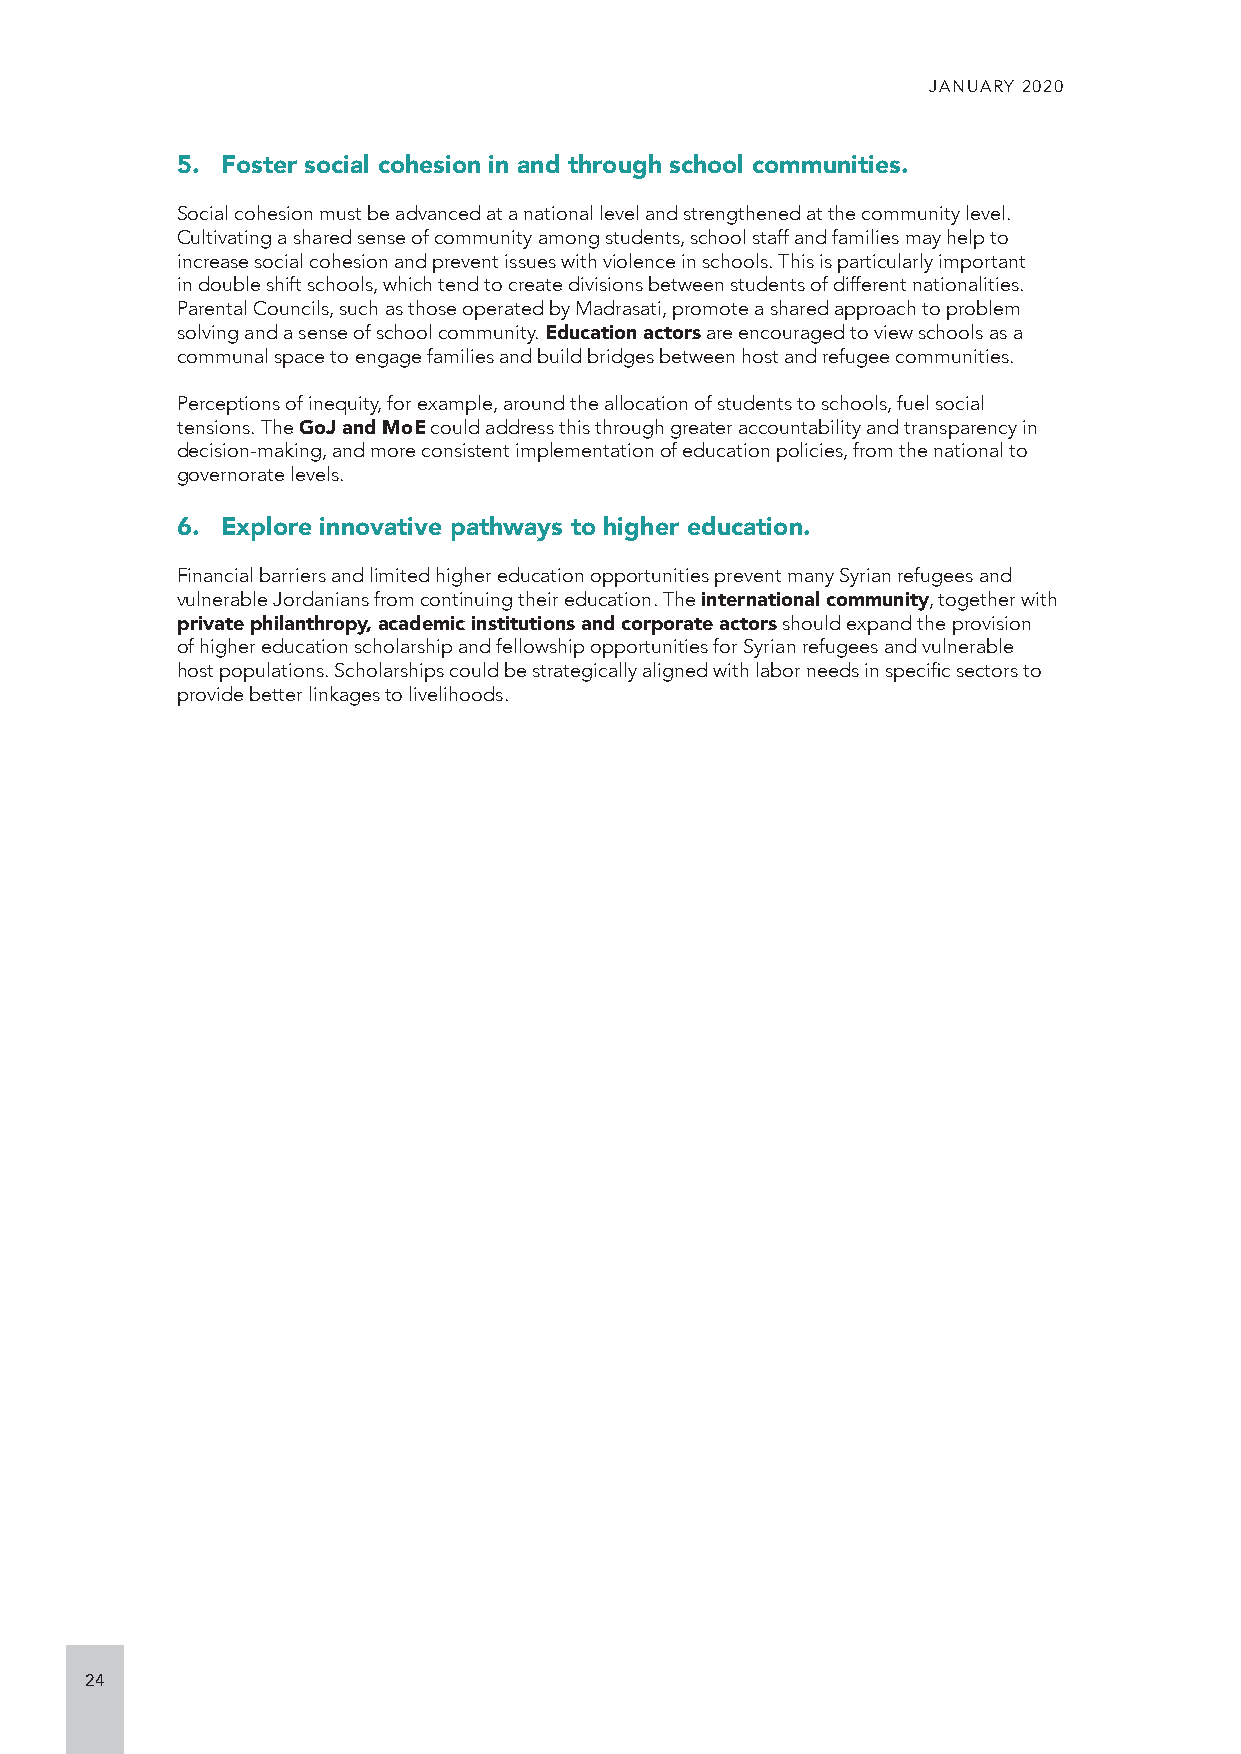
JANUARY 2020
 5. Foster social cohesion in and through school communities.
 Social cohesion must be advanced at a national level and strengthened at the community level.
 Cultivating a shared sense of community among students, school staff and families may help to
 increase social cohesion and prevent issues with violence in schools. This is particularly important
 in double shift schools, which tend to create divisions between students of different nationalities.
 Parental Councils, such as those operated by Madrasati, promote a shared approach to problem
 solving and a sense of school community. Education actors are encouraged to view schools as a
 communal space to engage families and build bridges between host and refugee communities.
 Perceptions of inequity, for example, around the allocation of students to schools, fuel social
 tensions. The GoJ and MoE could address this through greater accountability and transparency in
 decision-making, and more consistent implementation of education policies, from the national to
 governorate levels.
 6. Explore innovative pathways to higher education.
 Financial barriers and limited higher education opportunities prevent many Syrian refugees and
 vulnerable Jordanians from continuing their education. The international community, together with
 private philanthropy, academic institutions and corporate actors should expand the provision
 of higher education scholarship and fellowship opportunities for Syrian refugees and vulnerable
 host populations. Scholarships could be strategically aligned with labor needs in specific sectors to
 provide better linkages to livelihoods.
 24